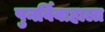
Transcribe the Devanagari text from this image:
पुनर्विवाहाला